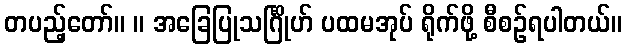
တပည့်တော်။ ။ အခြေပြုသင်္ဂြိုဟ် ပထမအုပ် ရိုက်ဖို့ စီစဉ်ရပါတယ်။